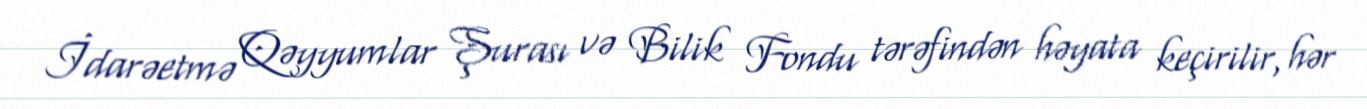
İdarəetmə Qəyyumlar Şurası və Bilik Fondu tərəfindən həyata keçirilir, hər